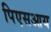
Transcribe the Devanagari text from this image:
पिएसआय